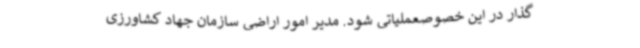
گذار در این خصوصعملیاتی شود. مدیر امور اراضی سازمان جهاد کشاورزی